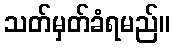
သတ်မှတ်ခံရမည်။